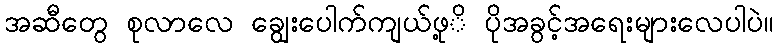
အဆီတွေ စုလာလေ ချွေးပေါက်ကျယ်ဖု့ိ ပိုအခွင့်အရေးများလေပါပဲ။